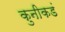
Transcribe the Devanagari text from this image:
कुनीकडं